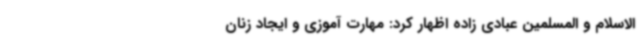
الاسلام و المسلمین عبادی زاده اظهار کرد: مهارت آموزی و ایجاد زنان